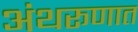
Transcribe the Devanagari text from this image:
अंथरूणात